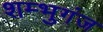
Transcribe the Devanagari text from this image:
शम्भुगंज